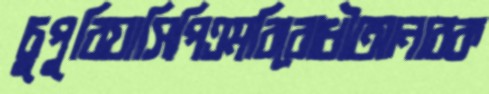
চুপুরিয়াসিপিএমবিরোধীআনারক